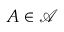
A \in { \mathcal { A } }